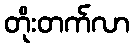
တိုးတက်လာ